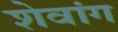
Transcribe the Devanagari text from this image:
शेवांग